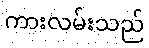
ကားလမ်းသည်